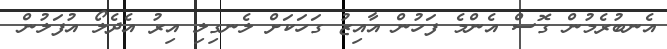
އެނބުރެމުން ގޮސް އެންމެ ފަހުން އާއިޒު ގަހަކަށް ލެނގިލި އިރު އެދެލޯ އުފަލުން